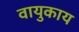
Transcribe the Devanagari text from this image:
वायुकाय